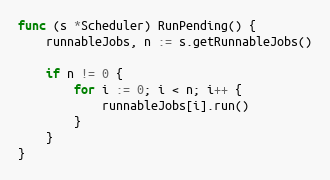
Language: Go
func (s *Scheduler) RunPending() {
	runnableJobs, n := s.getRunnableJobs()

	if n != 0 {
		for i := 0; i < n; i++ {
			runnableJobs[i].run()
		}
	}
}